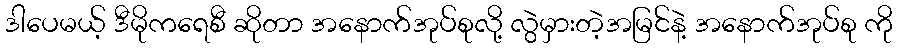
ဒါပေမယ့် ဒီမိုကရေစီ ဆိုတာ အနောက်အုပ်စုလို့ လွဲမှားတဲ့အမြင်နဲ့ အနောက်အုပ်စု ကို